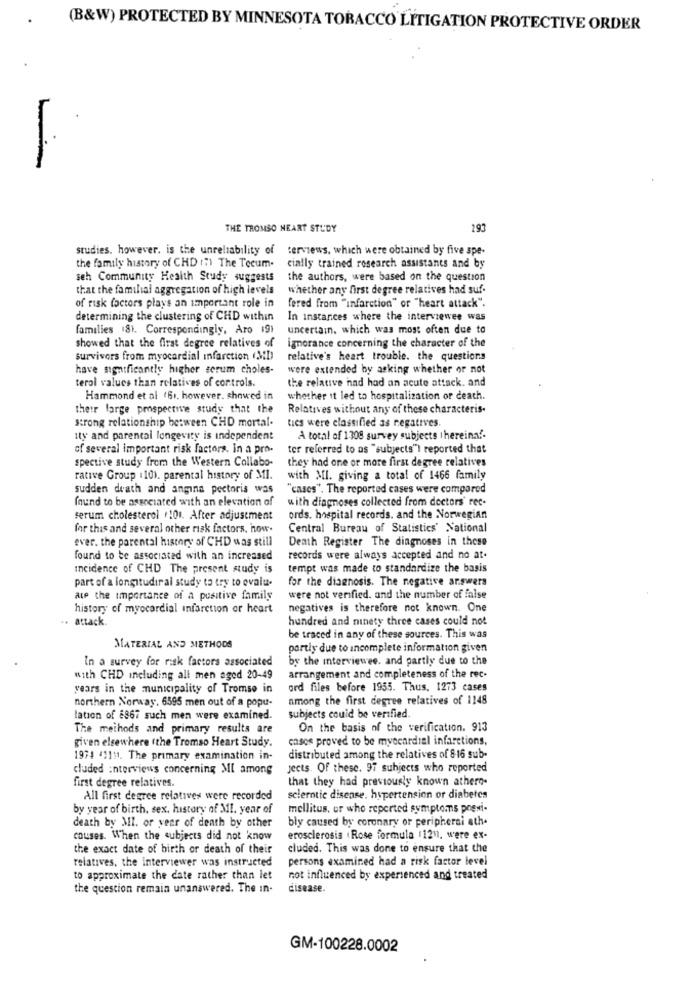
(B&W) PROTECTED BY MINNESOTA TOBACCO LITIGATION PROTECTIVE ORDER
THE TROMSO HEART STUDY
193
studies. however, is the unreliability of terviews, which were obtained by five spe-
the family history of CHD (?) The Tecum.
cially trained research assistants and by
seh Community Health Study suggests
the authors, were based on the question
that the familial aggregation of high levels
whether any first degree relatives had suf.
of risk factors plays an important role in
fered from "infarction" or "heart attack".
determining the clustering of CHD within
In instances where the interviewee was
families 18). Correspondingly, Aro 19}
uncertain, which was most often due to
showed that the first degree relatives of
ignorance concerning the character of the
survivors from myocardial infarction (MD)
relative's heart trouble. the questions
have significantly higher serum choles-
were extended by asking whether or not
terol values than relatives of controls.
the relative had had an acute attack. and
Hammond et al (61, however. showed in
whether it led to hospitalization or death.
their farge prospective study that the
Relatives without any of these characteris.
strong relationship between CHD mortal-
tics were classified as negatives.
ity and parental longevity is independent
A total of 1308 survey subjects thereinaf-
of several important risk factors. in a pro-
ter referred to as "subjects") reported that
spective study from the Western Collabo-
they had one or more first degree relatives
rative Group 110). parental history of MI.
with MI. giving a total of 1466 family
sudden death and angina pectoris was
"cases", The reported cases were compared
found to be associated with an elevation of
with diagnoses collected from doctors' rec-
serum cholesterol .101. After adjustment
ords. hospital records. and the Norwegian
for this and several other risk factors, how.
Central Bureau of Statistics' National
ever. the parental history of CHD was still
Death Register The diagnoses in these
found to be associated with an increased
records were always accepted and no at.
Incidence of CHD The present study is
tempt was made to standardize the basis
part of a longitudinal study to try to evalu-
for the diagnosis. The negative answers
ate the importance of a positive family
were not verified. and the number of false
history of myocardial infarction or heart
negatives is therefore not known. One
attack.
hundred and ninety three cases could not
be traced in any of these sources. This was
MATERIAL AND METHODS
partly due to ancomplete information given
In a survey for risk factors associated
by the interviewee. and partly due to the
with CHD including all men aged 20-49
arrangement and completeness of the rec-
years in the municipality of Tromso in
ord files before 1955. Thus, 1273 cases
northern Norway. 6595 men out of a popu-
among the first degree relatives of 1148
lation of 8867 such men were examined.
subjects could be verified.
The methods and primary results are
On the basis of the verification. 913
given elsewhere (the Tromso Heart Study.
casos proved to be myocardial infarctions.
1974 41111. The primary examination in-
distributed among the relatives of 8-16 sub-
cluded interviews concerning MI among
Jects. Of these. 97 subjects who reported
first degree relatives.
that they had previously known athero.
All first degree relatives were recorded
sclerntie disease, hypertension or diabetes
by year of birth, sex, history of MI. year of
mellitus, or who reported symptoms presi-
death by MI. or year of death by other
bly caused by coronary or periphersi ath.
causes. When the subjects did not know
erosclerosia .Rose formula 1121), were ex-
the exact date of birth or death of their
cluded. This was done to ensure that the
relatives, the interviewer was instructed
persons examined had a risk factor level
to approximate the date rather than let
not influenced by experienced and treated
the question remain unanswered. The in-
disease.
GM-100228.0002